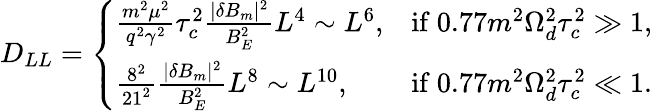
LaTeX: D_{LL}=\left\{ \begin{array}{ll}{\frac{m^{2}\mu^{2}}{q^{2}\gamma^{2}}\tau_{c}^{2}\frac{|\delta B_{m}|^{2}}{B_{E}^{2}}L^{4}\sim L^{6},}&{\mathrm{if~}0.77m^{2}\Omega_{d}^{2}\tau_{c}^{2}\gg 1,}\\ {\frac{8^{2}}{21^{2}}\frac{|\delta B_{m}|^{2}}{B_{E}^{2}}L^{8}\sim L^{10},}&{\mathrm{if~}0.77m^{2}\Omega_{d}^{2}\tau_{c}^{2}\ll 1.}\end{array}\right.